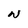
Character: N